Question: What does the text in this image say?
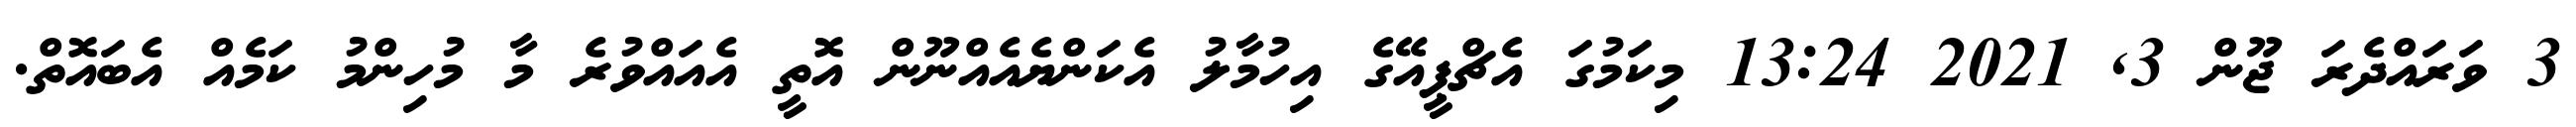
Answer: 3 ވަރައްދެރަ ޖޫން 3, 2021 13:24 މިކަމުގަ އެޗްޕީއޭގެ އިހުމާލު އެކަންޔެއެއްނޫން އޮތީ އެއައްވުރެ މާ މުހިންމު ކަމެއް އެބައޮތް.